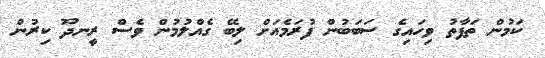
ކަމުން ތަފާތު ވިހައިގެ ސަބަބުން ފުރަމެއަށް ލިބޭ ގެއްލުމުން ވެސް ރީނދޫ ކިރުން